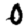
Digit: 0